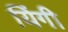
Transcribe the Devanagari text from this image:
यिंगी